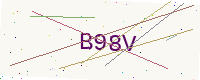
Text: B98V